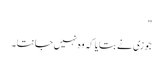
"
جوزی نے بتایا کہ وہ نہیں جانتا ۔